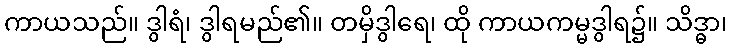
ကာယသည်။ ဒွါရံ၊ ဒွါရမည်၏။ တမှိဒွါရေ၊ ထို ကာယကမ္မဒွါရ၌။ သိဒ္ဓာ၊